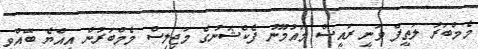
މެމްބަރު ލަތީފް ވަނީ ރައީސް މައުމޫނު ފެކްޝަނުގެ މަޖިލިސް މެމްބަރުން އިއްޔެ ބޭއްވި